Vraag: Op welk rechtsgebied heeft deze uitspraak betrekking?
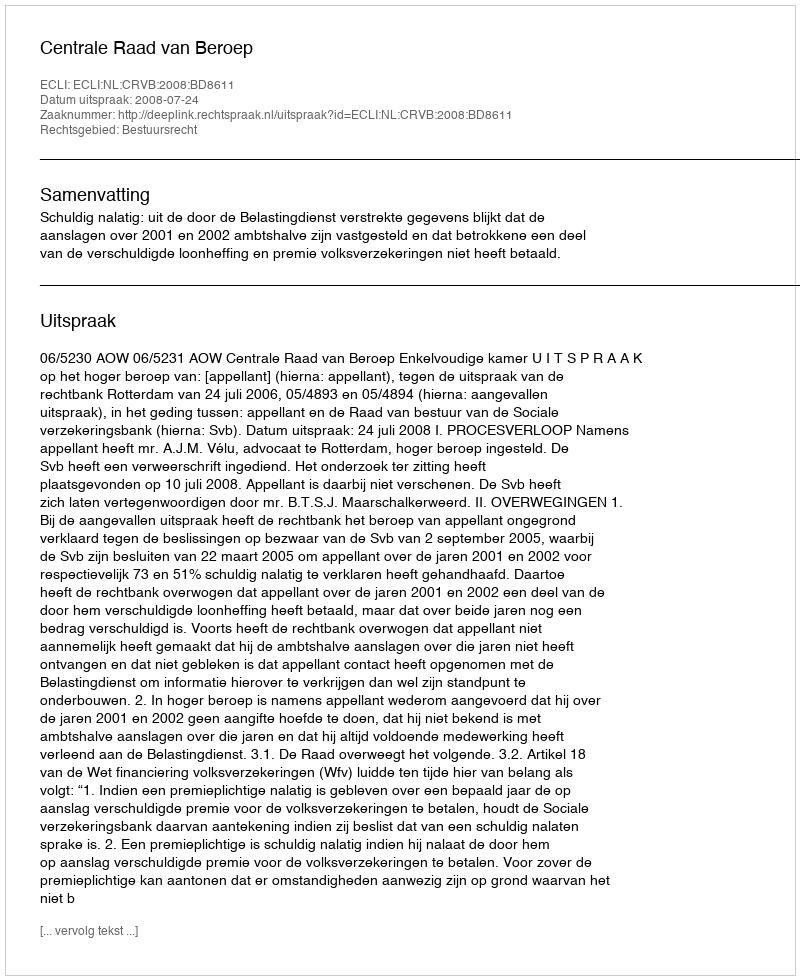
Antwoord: Bestuursrecht